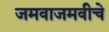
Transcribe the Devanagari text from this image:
जमवाजमवीचे